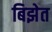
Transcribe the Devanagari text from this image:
बिझेत